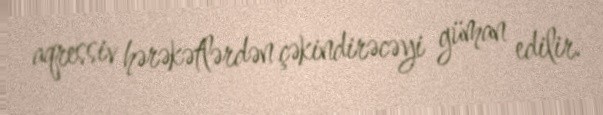
aqressiv hərəkətlərdən çəkindirəcəyi güman edilir.